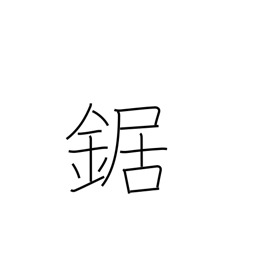
Meaning: saw (cuts wood)